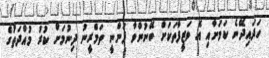
ހަދައިދޭނެ ކަމަށާއި އެ ވަޒީފާތަކަށް ބޭނުންވާ ފަންނީ ތަމްރީނު ދިނުމަށް ކުރު މުއްދަތުގެ